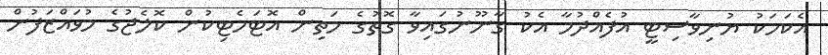
އެކަމަކު ޔުނިވާސިޓީ އުފެއްދުމާ އެކު ގާނޫނުގައިވާ ގޮތުގެ މަތިން އޮޓަމެޓިކުން ކޮލެޖުގެ މުވައްޒަފުން